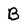
Character: B